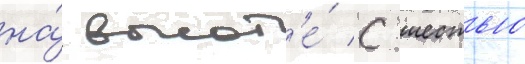
на́ высот'е́ с шестью